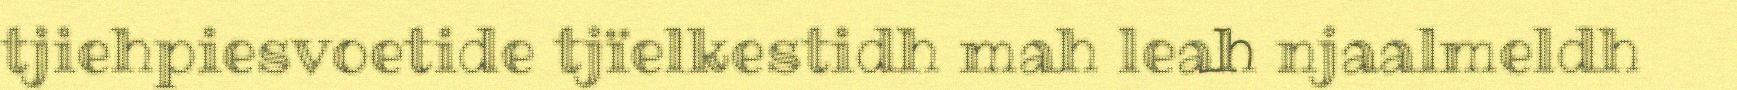
tjiehpiesvoetide tjïelkestidh mah leah njaalmeldh